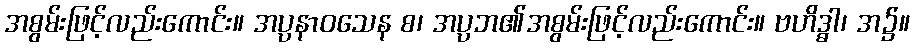
အစွမ်းဖြင့်လည်းကောင်း။ အပ္ပနာဝသေန စ၊ အပ္ပဘ၏အစွမ်းဖြင့်လည်းကောင်း။ ဗဟိဒ္ဓါ၊ အ၌။